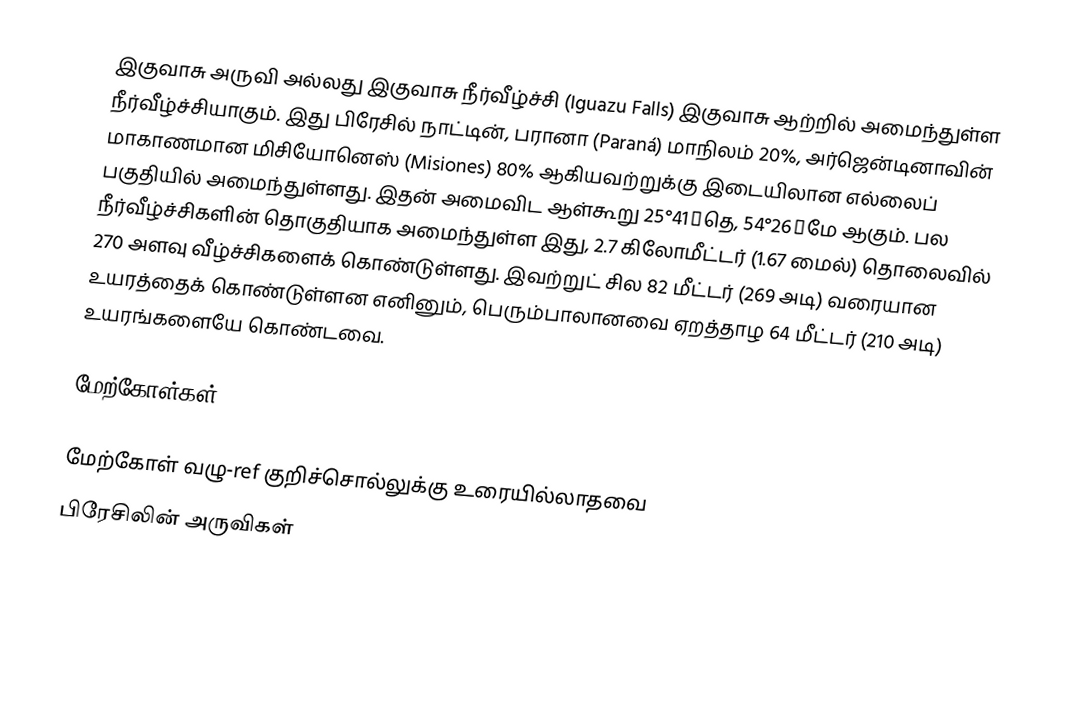
இகுவாசு அருவி அல்லது இகுவாசு நீர்வீழ்ச்சி (Iguazu Falls) இகுவாசு ஆற்றில் அமைந்துள்ள நீர்வீழ்ச்சியாகும். இது பிரேசில் நாட்டின், பரானா (Paraná) மாநிலம் 20%, அர்ஜென்டினாவின் மாகாணமான மிசியோனெஸ் (Misiones) 80% ஆகியவற்றுக்கு இடையிலான எல்லைப் பகுதியில் அமைந்துள்ளது. இதன் அமைவிட ஆள்கூறு 25°41′தெ, 54°26′மே ஆகும். பல நீர்வீழ்ச்சிகளின் தொகுதியாக அமைந்துள்ள இது, 2.7 கிலோமீட்டர் (1.67 மைல்) தொலைவில் 270 அளவு வீழ்ச்சிகளைக் கொண்டுள்ளது. இவற்றுட் சில 82 மீட்டர் (269 அடி) வரையான உயரத்தைக் கொண்டுள்ளன எனினும், பெரும்பாலானவை ஏறத்தாழ 64 மீட்டர் (210 அடி) உயரங்களையே கொண்டவை.

மேற்கோள்கள்

மேற்கோள் வழு-ref குறிச்சொல்லுக்கு உரையில்லாதவை
பிரேசிலின் அருவிகள்